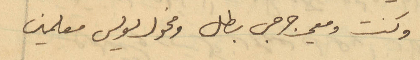
وكنت ومعي جرجس بطل ومخول لويس معلمين